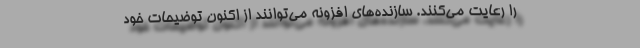
را رعایت می‌کنند. سازنده‌های افزونه می‌توانند از اکنون توضیحات خود